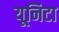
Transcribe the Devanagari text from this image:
यूनिटा